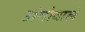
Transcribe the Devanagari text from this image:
अंगोवाले